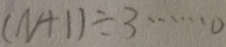
( N + 1 ) \div 3 \cdots 0